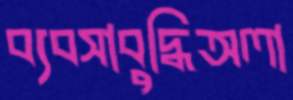
ব্যবসাবুদ্ধিঅলা